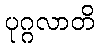
ပုဂ္ဂလာတိ